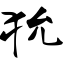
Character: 狁